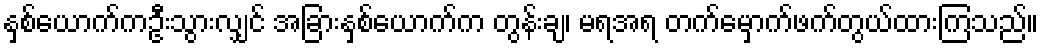
နှစ်ယောက်ကဦးသွားလျှင် အခြားနှစ်ယောက်က တွန်းချ၊ မရအရ တက်မှောက်ဖက်တွယ်ထားကြသည်။